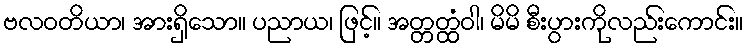
ဗလဝတိယာ၊ အားရှိသော။ ပညာယ၊ ဖြင့်။ အတ္တတ္ထံဝါ၊ မိမိ စီးပွားကိုလည်းကောင်း။